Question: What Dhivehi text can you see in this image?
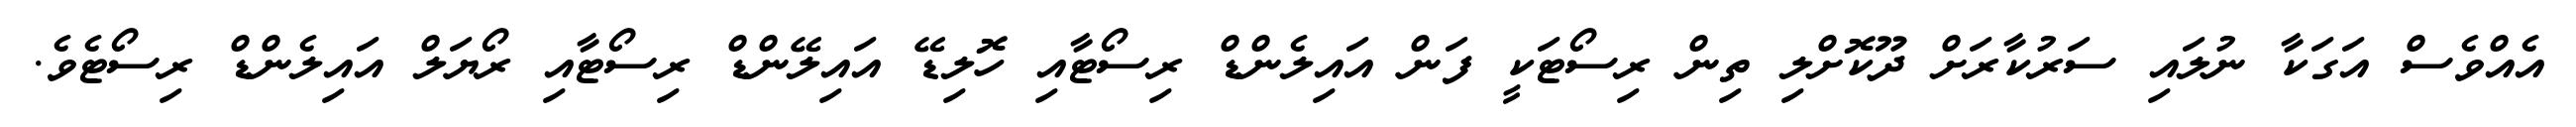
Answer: އެއްވެސް އަގަކާ ނުލައި ސަރުކާރަށް ދޫކޮށްލި ތިން ރިސޯޓަކީ ފަން އައިލެންޑް ރިސޯޓާއި ހޮލިޑޭ އައިލޭންޑް ރިސޯޓާއި ރޯޔަލް އައިލެންޑް ރިސޯޓެވެ.